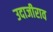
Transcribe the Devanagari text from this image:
उदाजीराव